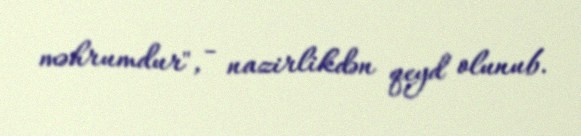
məhrumdur", - nazirlikdən qeyd olunub.